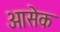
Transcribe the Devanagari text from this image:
आसेक